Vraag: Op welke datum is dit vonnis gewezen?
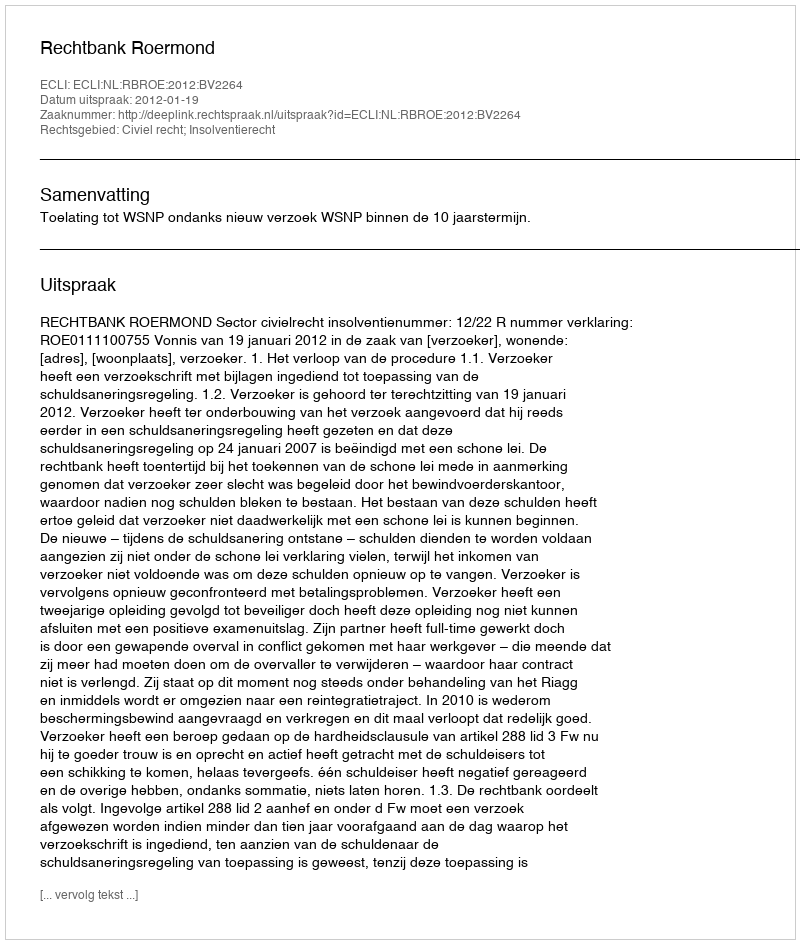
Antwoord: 2012-01-19